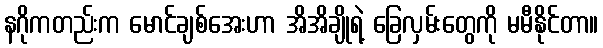
နဂိုကတည်းက မောင်ချစ်အေးဟာ အိအိချိုရဲ့ ခြေလှမ်းတွေကို မမီနိုင်တာ။